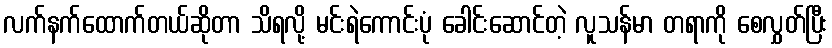
လက်နက်ထောက်တယ်ဆိုတာ သိရလို့ မင်းရဲကောင်းပုံ ခေါင်းဆောင်တဲ့ လူသန်မာ တရာကို စေလွှတ်ပြီး